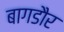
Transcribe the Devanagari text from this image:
बागडौर